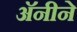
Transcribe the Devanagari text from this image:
अॅनीने